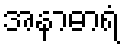
အနာဓာရံ